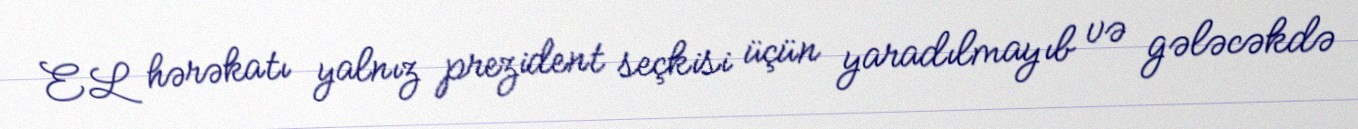
EL hərəkatı yalnız prezident seçkisi üçün yaradılmayıb və gələcəkdə